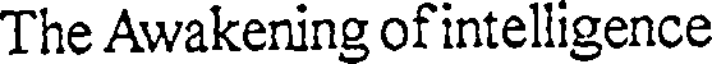
The Awakening of intelligence